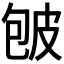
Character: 𰤡